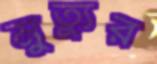
মুত্যুর